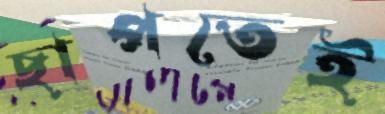
ছাপতেই